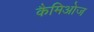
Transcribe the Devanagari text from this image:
कैमिओज